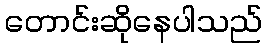
တောင်းဆိုနေပါသည်